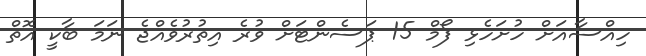
ހިއްސާއަށް ހުށަހެޅި ފޯމް 15 ޕަސެންޓަށް ވުރެ އިތުރުވެއްޖެ ނަމަ ބާކީ އޮތް